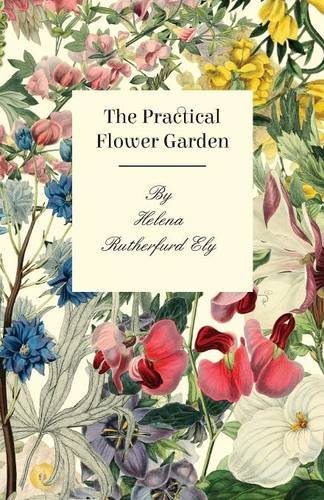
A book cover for The Practical Flower Garden; Helena Rutherfurd Ely; Science & Math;